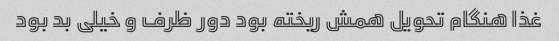
غذا هنگام تحویل همش ریخته بود دور ظرف و خیلی بد بود